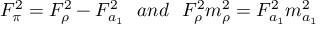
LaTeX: F _ { \pi } ^ { 2 } = F _ { \rho } ^ { 2 } - F _ { a _ { 1 } } ^ { 2 } \ \ a n d \ \ F _ { \rho } ^ { 2 } m _ { \rho } ^ { 2 } = F _ { a _ { 1 } } ^ { 2 } m _ { a _ { 1 } } ^ { 2 }